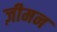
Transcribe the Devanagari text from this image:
ज़ीमन